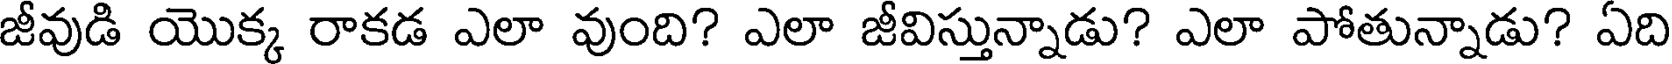
జీవుడి యొక్క రాకడ ఎలా వుంది? ఎలా జీవిస్తున్నాడు? ఎలా పోతున్నాడు? ఏది